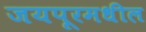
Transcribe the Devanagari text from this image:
जयपूरमधील